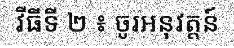
វីធីទី ២ ៖ ចូរអនុវត្តន៍